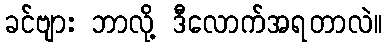
ခင်ဗျား ဘာလို့ ဒီလောက်အရတာလဲ။